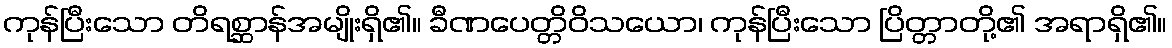
ကုန်ပြီးသော တိရစ္ဆာန်အမျိုးရှိ၏။ ခီဏပေတ္တိဝိသယော၊ ကုန်ပြီးသော ပြိတ္တာတို့၏ အရာရှိ၏။